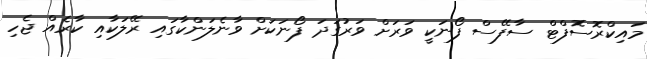
މައިކްރޮސޮފްޓް ސާފޭސް ފޯނަކީ ވަރަށް ވަރުގަދަ ފޯނަކަށް ވާނެލަންކާގައި ރޭލަކާއި ކާރެއް ޖެހި